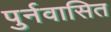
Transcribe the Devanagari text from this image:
पुर्नवासित